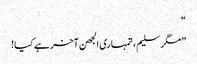
“
”مگر سلیم، تمہاری الجھن آخر ہے کیا!